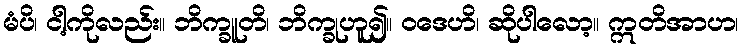
မံပိ၊ ငါ့ကိုလည်း။ ဘိက္ခူတိ၊ ဘိက္ခုဟူ၍။ ဝဒေဟိ၊ ဆိုပါလော့။ ဣတိအာဟ၊